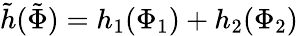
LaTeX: \tilde{h}(\tilde{\Phi})=h_{1}(\Phi_{1})+h_{2}(\Phi_{2})